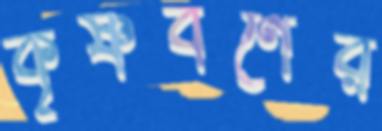
কৃষ্ণবর্ণের